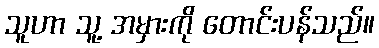
သူဟာ သူ့ အမှားကို တောင်းပန်သည်။